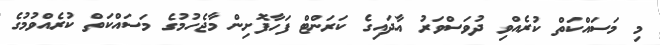
މި މަސައްކަތް ކުރެއްވި ދުވަސްވަރު އާދައިގެ ކަރަންޓް ފަހާފޮށިން މާޖެހުމުގެ މަސައްކަތް ކުރެއްވުމުގެ